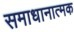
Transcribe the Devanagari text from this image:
समाधानात्मक